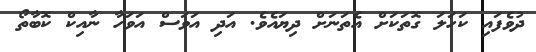
ދުވެފައި ކަހަލަ ގޮތަކަށް އެތަނަށް ދިޔައެވެ. އަދި އަވަސް އަވަހާ ނާއިކް ކޮބާތޯ